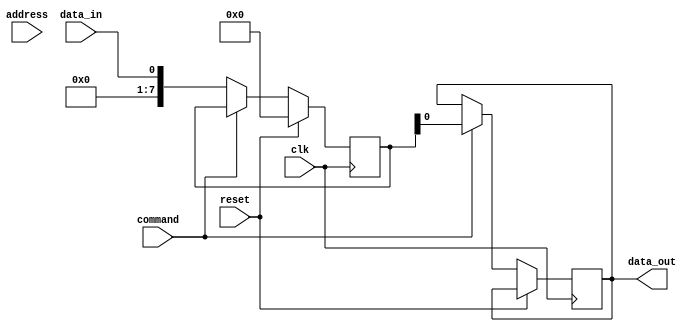
module DDR_SDRAM (
    input wire clk,
    input wire reset,
    input wire data_in,
    input wire address,
    input wire command,
    output reg data_out
);

reg [7:0] internal_data;

always @ (posedge clk) begin
    if (reset) begin
        internal_data <= 8'b0;
    end else begin
        case (command)
            2'b00: internal_data <= data_in; // Write operation
            2'b01: data_out <= internal_data; // Read operation
            default: internal_data <= internal_data;
        endcase
    end
end

endmodule